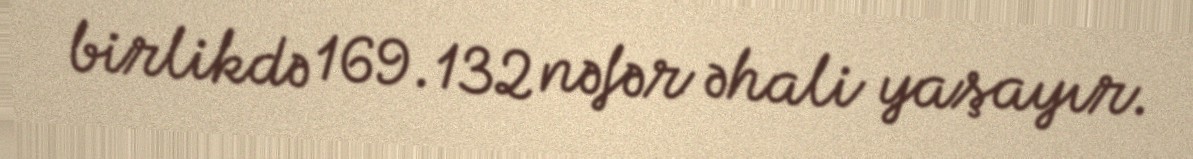
birlikdə 169.132 nəfər əhali yaşayır.